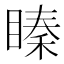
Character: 𥉜